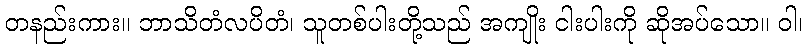
တနည်းကား။ ဘာသိတံလပိတံ၊ သူတစ်ပါးတို့သည် အကျိုး ငါးပါးကို ဆိုအပ်သော။ ဝါ၊